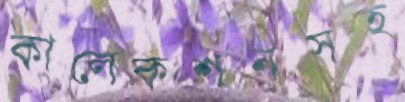
কালেকশনসহ